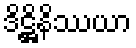
ဒိဋ္ဌိနိဿယာ